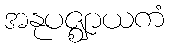
အနုပဇ္ဈာယကံ